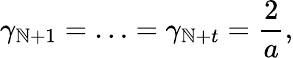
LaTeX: \gamma_{\mathbb{N}+1}=\ldots=\gamma_{\mathbb{N}+t}=\frac{{2}}{{a}},